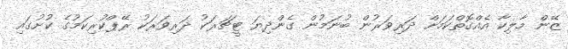
ޒޭން މާލިކާ އެއްގޮތްކަމަށް ދަރިވަރުން ބުނަމުން ގެންދިޔަ ޓީޗަރަކު ދަރިވަރަކު ރޭޕްކުރިކަމުގެ ކުށުގައި